画像に写った文字を読んでください
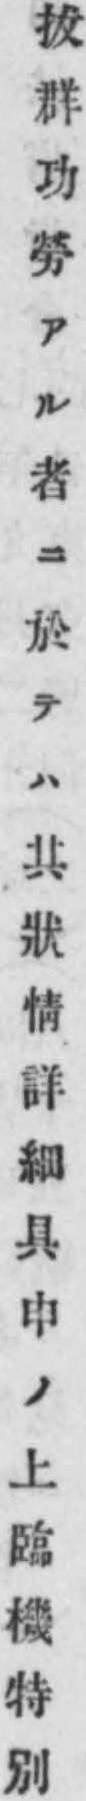
「拔群功勞アル者ニ於テハ其狀情詳細具申ノ上臨機特別」と書いてあります